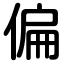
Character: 偏